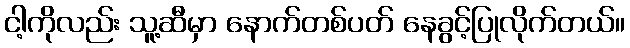
ငါ့ကိုလည်း သူ့ဆီမှာ နောက်တစ်ပတ် နေခွင့်ပြုလိုက်တယ်။